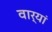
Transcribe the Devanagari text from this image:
वार्यां